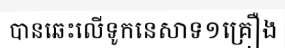
បានឆេះលើទូកនេសាទ១គ្រឿង